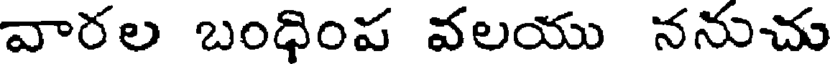
వారల బంధింప వలయు ననుచు